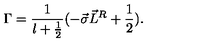
{ \Gamma } = \frac { 1 } { l + \frac { 1 } { 2 } } ( - \vec { \sigma } \vec { L } ^ { R } + \frac { 1 } { 2 } ) .